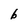
Character: b